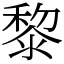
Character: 黎